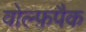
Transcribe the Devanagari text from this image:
वोल्फ़पैक